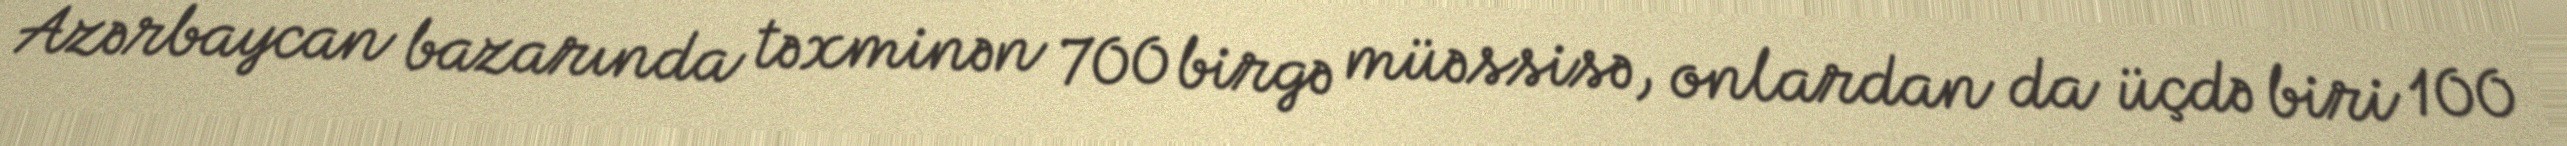
Azərbaycan bazarında təxminən 700 birgə müəssisə, onlardan da üçdə biri 100